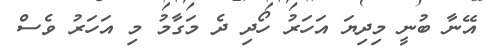
އޭނާ ބުނީ މިދިޔަ އަހަރު ހޯދި ދެ މަގާމު މި އަހަރު ވެސް